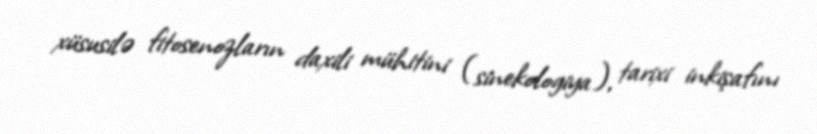
xüsusilə fitosenozların daxili mühitini (sinekologiya), tarixi inkişafını